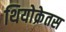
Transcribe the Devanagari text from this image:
थियोक्रेतस